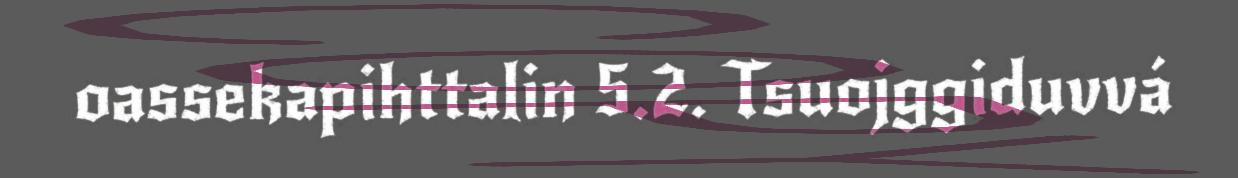
oassekapihttalin 5.2. Tsuojggiduvvá